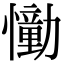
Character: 𢣛